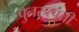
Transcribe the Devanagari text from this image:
पुनरुत्पत्ती